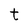
Character: t